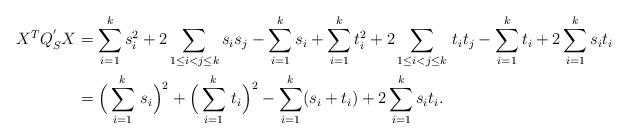
LaTeX: \begin{align*}X^TQ_S^{'}X&=\sum_{i=1}^ks_i^2+2\sum_{\substack{1\leq i<j\leq k}}s_is_j-\sum_{i=1}^ks_i+\sum_{i=1}^kt_i^2+2\sum_{\substack{1\leq i<j\leq k}}\,t_it_j-\sum_{i=1}^kt_i+2\sum_{i=1}^ks_it_i\\&=\Big(\sum_{i=1}^k\,s_i\Big)^2+\Big(\sum_{i=1}^k\,t_i\Big)^2-\sum_{i=1}^k(s_i+t_i)+2\sum_{i=1}^ks_it_i.\end{align*}